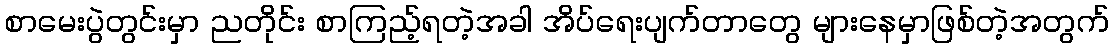
စာမေးပွဲတွင်းမှာ ညတိုင်း စာကြည့်ရတဲ့အခါ အိပ်ရေးပျက်တာတွေ များနေမှာဖြစ်တဲ့အတွက်